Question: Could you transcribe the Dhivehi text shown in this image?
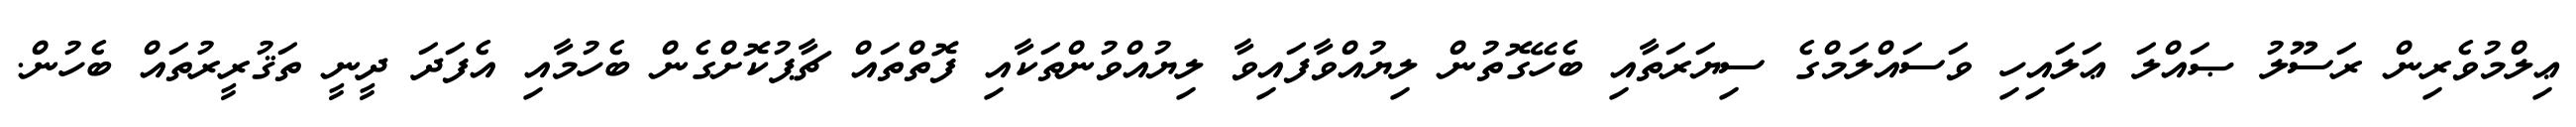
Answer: ޢިލްމުވެރިން ރަސޫލު ޞައްލަ ޢަލައިހި ވަސައްލަމްގެ ސިޔަރަތާއި ބެހޭގޮތުން ލިޔުއްވާފައިވާ ލިޔުއްވުންތަކާއި ފޮތްތައް ޗާޕުކޮށްގެން ބެހުމާއި އެފަދަ ދީނީ ތަޤުރީރުތައް ބެހުން.